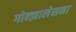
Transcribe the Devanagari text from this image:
गोन्झालेसना